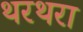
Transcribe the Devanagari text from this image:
थरथरा